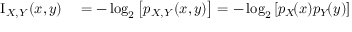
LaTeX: \begin{array} { r l } { \operatorname { I } _ { X , Y } ( x , y ) } & { { } = - \log _ { 2 } \left[ p _ { X , Y } ( x , y ) \right] = - \log _ { 2 } \left[ p _ { X } \! ( x ) p _ { Y } \! ( y ) \right] } \end{array}